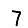
Digit: 7